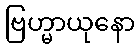
ဗြဟ္မာယုနော